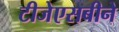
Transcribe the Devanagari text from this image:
टीजेएसबीने